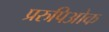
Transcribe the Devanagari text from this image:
प्ररुपिओक